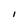
Character: 1